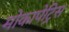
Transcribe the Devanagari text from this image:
मोकापेट्रिस